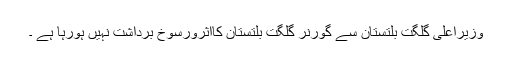
وزیراعلیٰ گلگت بلتستان سے گورنر گلگت بلتستان کااثرورسوخ برداشت نہیں ہورہا ہے ۔